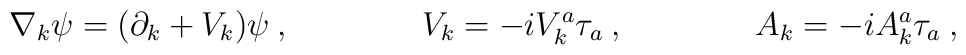
\nabla_k\psi =(\partial_k+V_k)\psi\:,\qquad\qquad V_k=-iV_k^a\tau_a\:,\qquad\qquad A_k=-iA_k^a\tau_a\:,